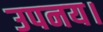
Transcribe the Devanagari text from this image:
उपनय।